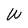
Character: W